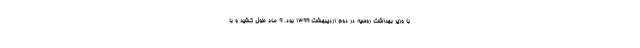
با وزیر بهداشت روسیه در دوم اردیبهشت ۱۳۹۹ بود. ۹ ماه طول کشید و با